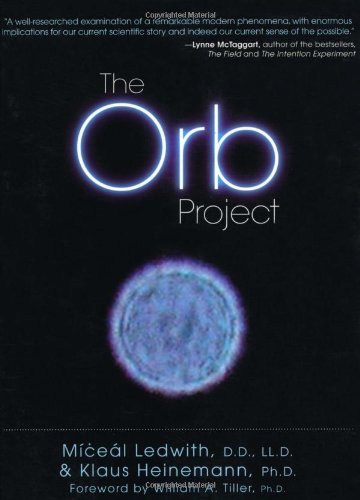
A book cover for The Orb Project; Klaus Heinemann Ph.D.; Religion & Spirituality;